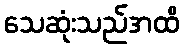
သေဆုံးသည်အထိ